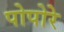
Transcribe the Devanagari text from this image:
पोपोरे